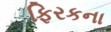
ફિરકના